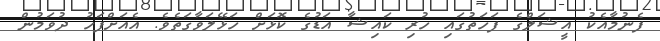
ފެނުމާއެކު އީޝަލްގެ ފަހަތުގައި ހުރި ކައިޝާ އަޑުގެ ކޮޅަށް ހަޅޭލަވާގަތެވެ. އެއަށްފަހު ދުވަމުން